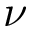
\nu